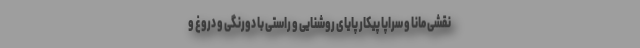
نقشی مانا و سراپا پیکار پایای روشنایی و راستی با دورنگی و دروغ و